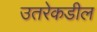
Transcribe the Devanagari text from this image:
उतरेकडील